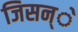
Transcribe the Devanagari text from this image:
जिसन्े